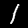
Digit: 1